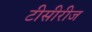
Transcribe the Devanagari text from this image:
टीसीरीज